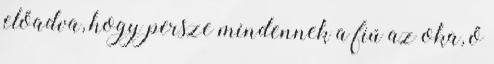
előadva, hogy persze mindennek a fiú az oka, ő